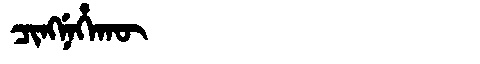
Manchu: ᠴᡳᠩᠨᡝᡥᠠᡴᡡ
Romanization: CINGNEHAKŪ